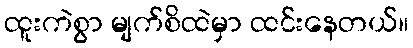
ထူးကဲစွာ မျက်စိထဲမှာ ထင်းနေတယ်။